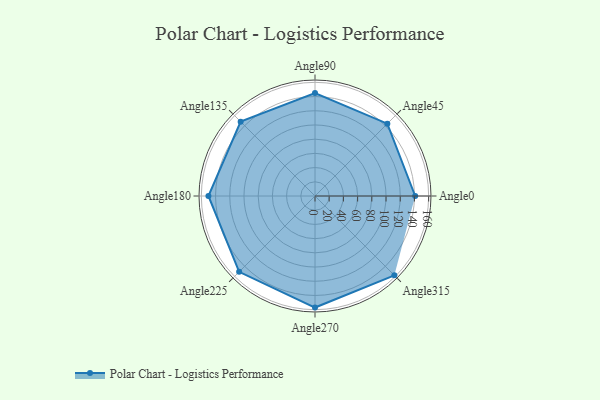
{"axis": {"x": "Angle", "y": "Radius"}, "legend": [""], "data": [{"x": "Angle0", "y": 141.0, "type": ""}, {"x": "Angle45", "y": 144.0, "type": ""}, {"x": "Angle90", "y": 145.0, "type": ""}, {"x": "Angle135", "y": 148.0, "type": ""}, {"x": "Angle180", "y": 150.0, "type": ""}, {"x": "Angle225", "y": 151.0, "type": ""}, {"x": "Angle270", "y": 157.0, "type": ""}, {"x": "Angle315", "y": 158.0, "type": ""}]}